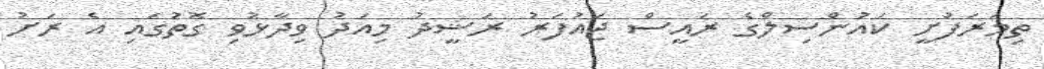
ތިމަރަފުށީ ކައުންސިލްގެ ރައީސް ޖައުފަރު ރަޝީދު މިއަދު ވިދާޅުވި ގޮތުގައި އެ ރަށު